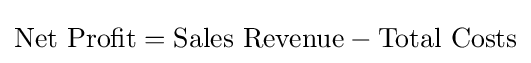
{\text{Net Profit}}={\text{Sales Revenue}}-{\text{Total Costs}}